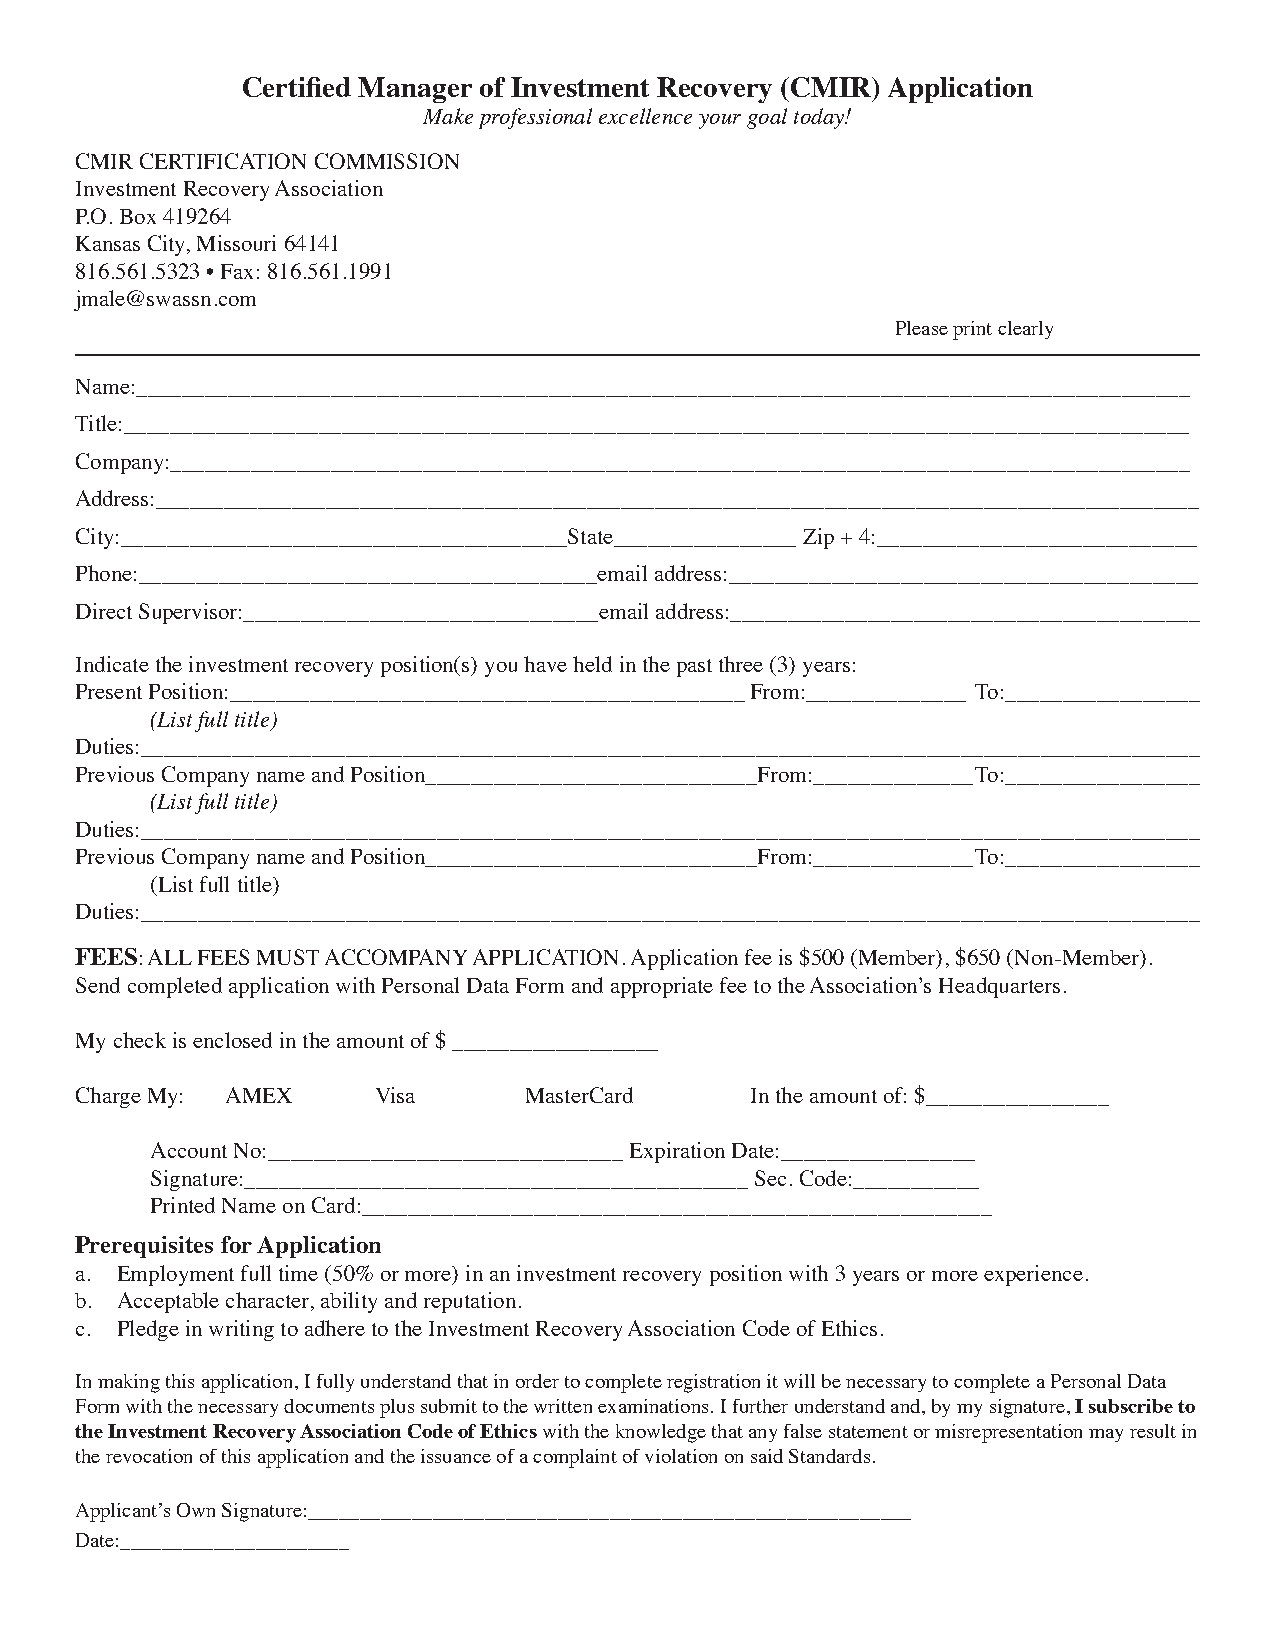
Certified Manager of Investment Recovery (CMIR) Application
 Make professional excellence your goal today!
 CMIR CERTIFICATION COMMISSION
 Investment Recovery Association
 P.O. Box 419264
 Kansas City, Missouri 64141
 816.561.5323 • Fax: 816.561.1991
 jmale@swassn.com
 Please print clearly
 Name:____________________________________________________________________________________________
 Title:_____________________________________________________________________________________________
 Company:_________________________________________________________________________________________
 Address:____________________________________________________________________________________________
 City:_______________________________________State________________ Zip + 4:____________________________
 Phone:________________________________________email address:_________________________________________
 Direct Supervisor:_______________________________email address:_________________________________________
 Indicate the investment recovery position(s) you have held in the past three (3) years:
 Present Position:_____________________________________________ From:______________ To:_________________
 (List full title)
 Duties:_____________________________________________________________________________________________
 Previous Company name and Position_____________________________From:______________ To:_________________
 (List full title)
 Duties:_____________________________________________________________________________________________
 Previous Company name and Position_____________________________From:______________ To:_________________
 (List full title)
 Duties:_____________________________________________________________________________________________
 FEES: ALL FEES MUST ACCOMPANY APPLICATION. Application fee is $500 (Member), $650 (Non-Member).
 Send completed application with Personal Data Form and appropriate fee to the Association’s Headquarters.
 My check is enclosed in the amount of $ __________________
 Charge My: AMEX     Visa      MasterCard     In the amount of: $________________
 Account No:_______________________________ Expiration Date:_________________
 Signature:____________________________________________ Sec. Code:___________
 Printed Name on Card:_______________________________________________________
 Prerequisites for Application
 a. Employment full time (50% or more) in an investment recovery position with 3 years or more experience.
 b. Acceptable character, ability and reputation.
 c. Pledge in writing to adhere to the Investment Recovery Association Code of Ethics.
 In making this application, I fully understand that in order to complete registration it will be necessary to complete a Personal Data
 Form with the necessary documents plus submit to the written examinations. I further understand and, by my signature, I subscribe to
 the Investment Recovery Association Code of Ethics with the knowledge that any false statement or misrepresentation may result in
 the revocation of this application and the issuance of a complaint of violation on said Standards.
 Applicant’s Own Signature:__________________________________________________________
 Date:______________________